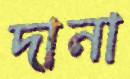
দানা